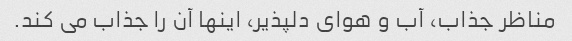
مناظر جذاب، آب و هوای دلپذیر، اینها آن را جذاب می کند.